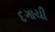
દગાચી